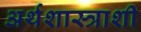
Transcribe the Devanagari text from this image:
अर्थशास्त्राशी